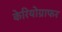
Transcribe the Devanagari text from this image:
केरियोग्राफर